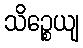
သိဉ္စေယျ